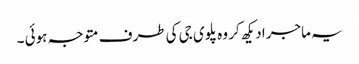
یہ ماجرا دیکھ کر وہ پلوی جی کی طرف متوجہ ہوئی ۔